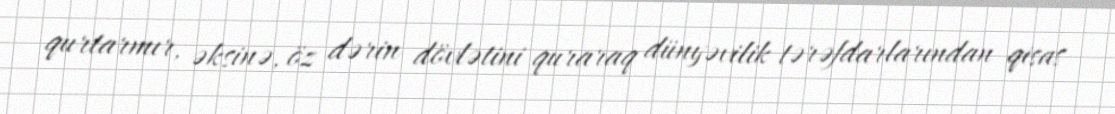
qurtarmır, əksinə, öz dərin dövlətini quraraq dünyəvilik tərəfdarlarından qisas